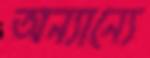
অন্যান্যে